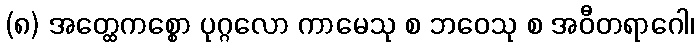
(၈) အတ္ထေကစ္စော ပုဂ္ဂလော ကာမေသု စ ဘဝေသု စ အဝီတရာဂေါ၊